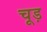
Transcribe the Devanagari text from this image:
चूड़